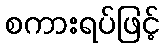
စကားရပ်ဖြင့်